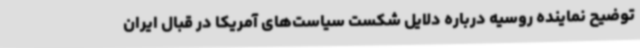
توضیح نماینده روسیه درباره دلایل شکست سیاست‌های آمریکا در قبال ایران